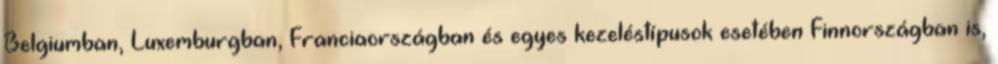
Belgiumban, Luxemburgban, Franciaországban és egyes kezeléstípusok esetében Finnországban is,